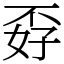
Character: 孬